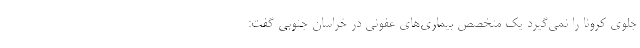
جلوی کرونا را نمی‌گیرد یک متخصص بیماری‌های عفونی در خراسان جنوبی گفت: